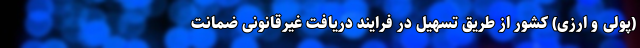
(پولی و ارزی) کشور از طریق تسهیل در فرایند دریافت غیرقانونی ضمانت